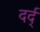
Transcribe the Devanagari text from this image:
दर्द्